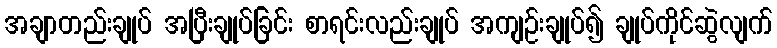
အချာတည်းချုပ် အပြီးချုပ်ခြင်း စာရင်းလည်းချုပ် အကျဉ်းချုပ်၍ ချုပ်ကိုင်ဆွဲလျက်